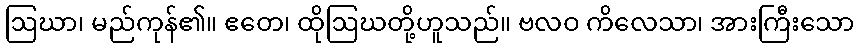
ဩဃာ၊ မည်ကုန်၏။ ဧတေ၊ ထိုဩဃတို့ဟူသည်။ ဗလဝ ကိလေသာ၊ အားကြီးသော